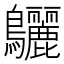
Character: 𪈳